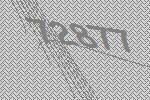
72877